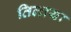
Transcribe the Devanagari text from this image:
तिलाया